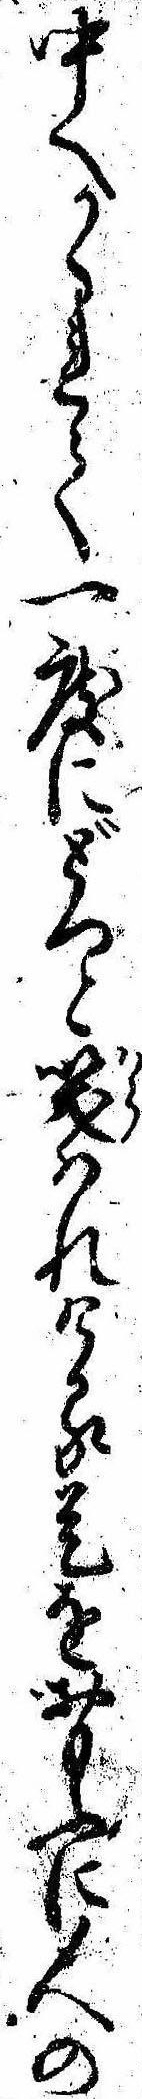
中へかくれて一度にどつと笑はれける是をおもふに人の